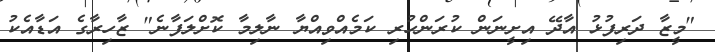
"މީޒާ ދަރިފުޅު އާދޭ އިށީނަން ކުރަންހުރި ކަމެއްވިއްޔާ ނާލިމާ ކޮށްލަފާނެ" ޒާހިރާގެ އަޑާއެކު